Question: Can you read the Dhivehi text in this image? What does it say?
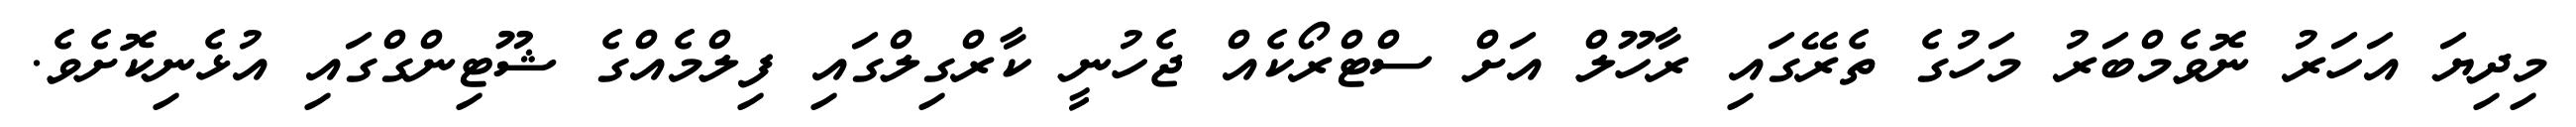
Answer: މިދިޔަ އަހަރު ނޮވެމްބަރު މަހުގެ ތެރޭގައި ރާހޫލް އަށް ސްޓްރޯކެއް ޖެހުނީ ކާރްގިލްގައި ފިލްމެއްގެ ޝޫޓިންގްގައި އުޅެނިކޮށެވެ.